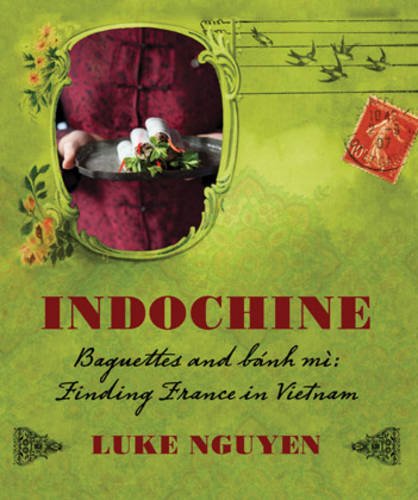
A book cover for Indochine: the Collection; Luke Nguyen; Cookbooks, Food & Wine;